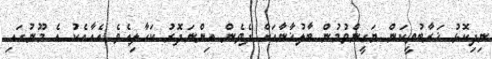
ނިދިކޮޅު ޚަރާބުވީކަން ޔަގީންވުމުން ބާލުޚާނާއަށް ދެވެން އިންނަދޮރު ކަހާލިއެވެ އެއާއެކު އެ މޫނުގައި